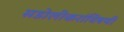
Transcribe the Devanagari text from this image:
सडोलीकरांविषयी